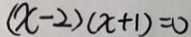
( x - 2 ) ( x + 1 ) = 0